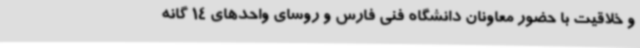
و خلاقیت با حضور معاونان دانشگاه فنی فارس و روسای واحدهای 14 گانه